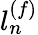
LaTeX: l_{n}^{(f)}